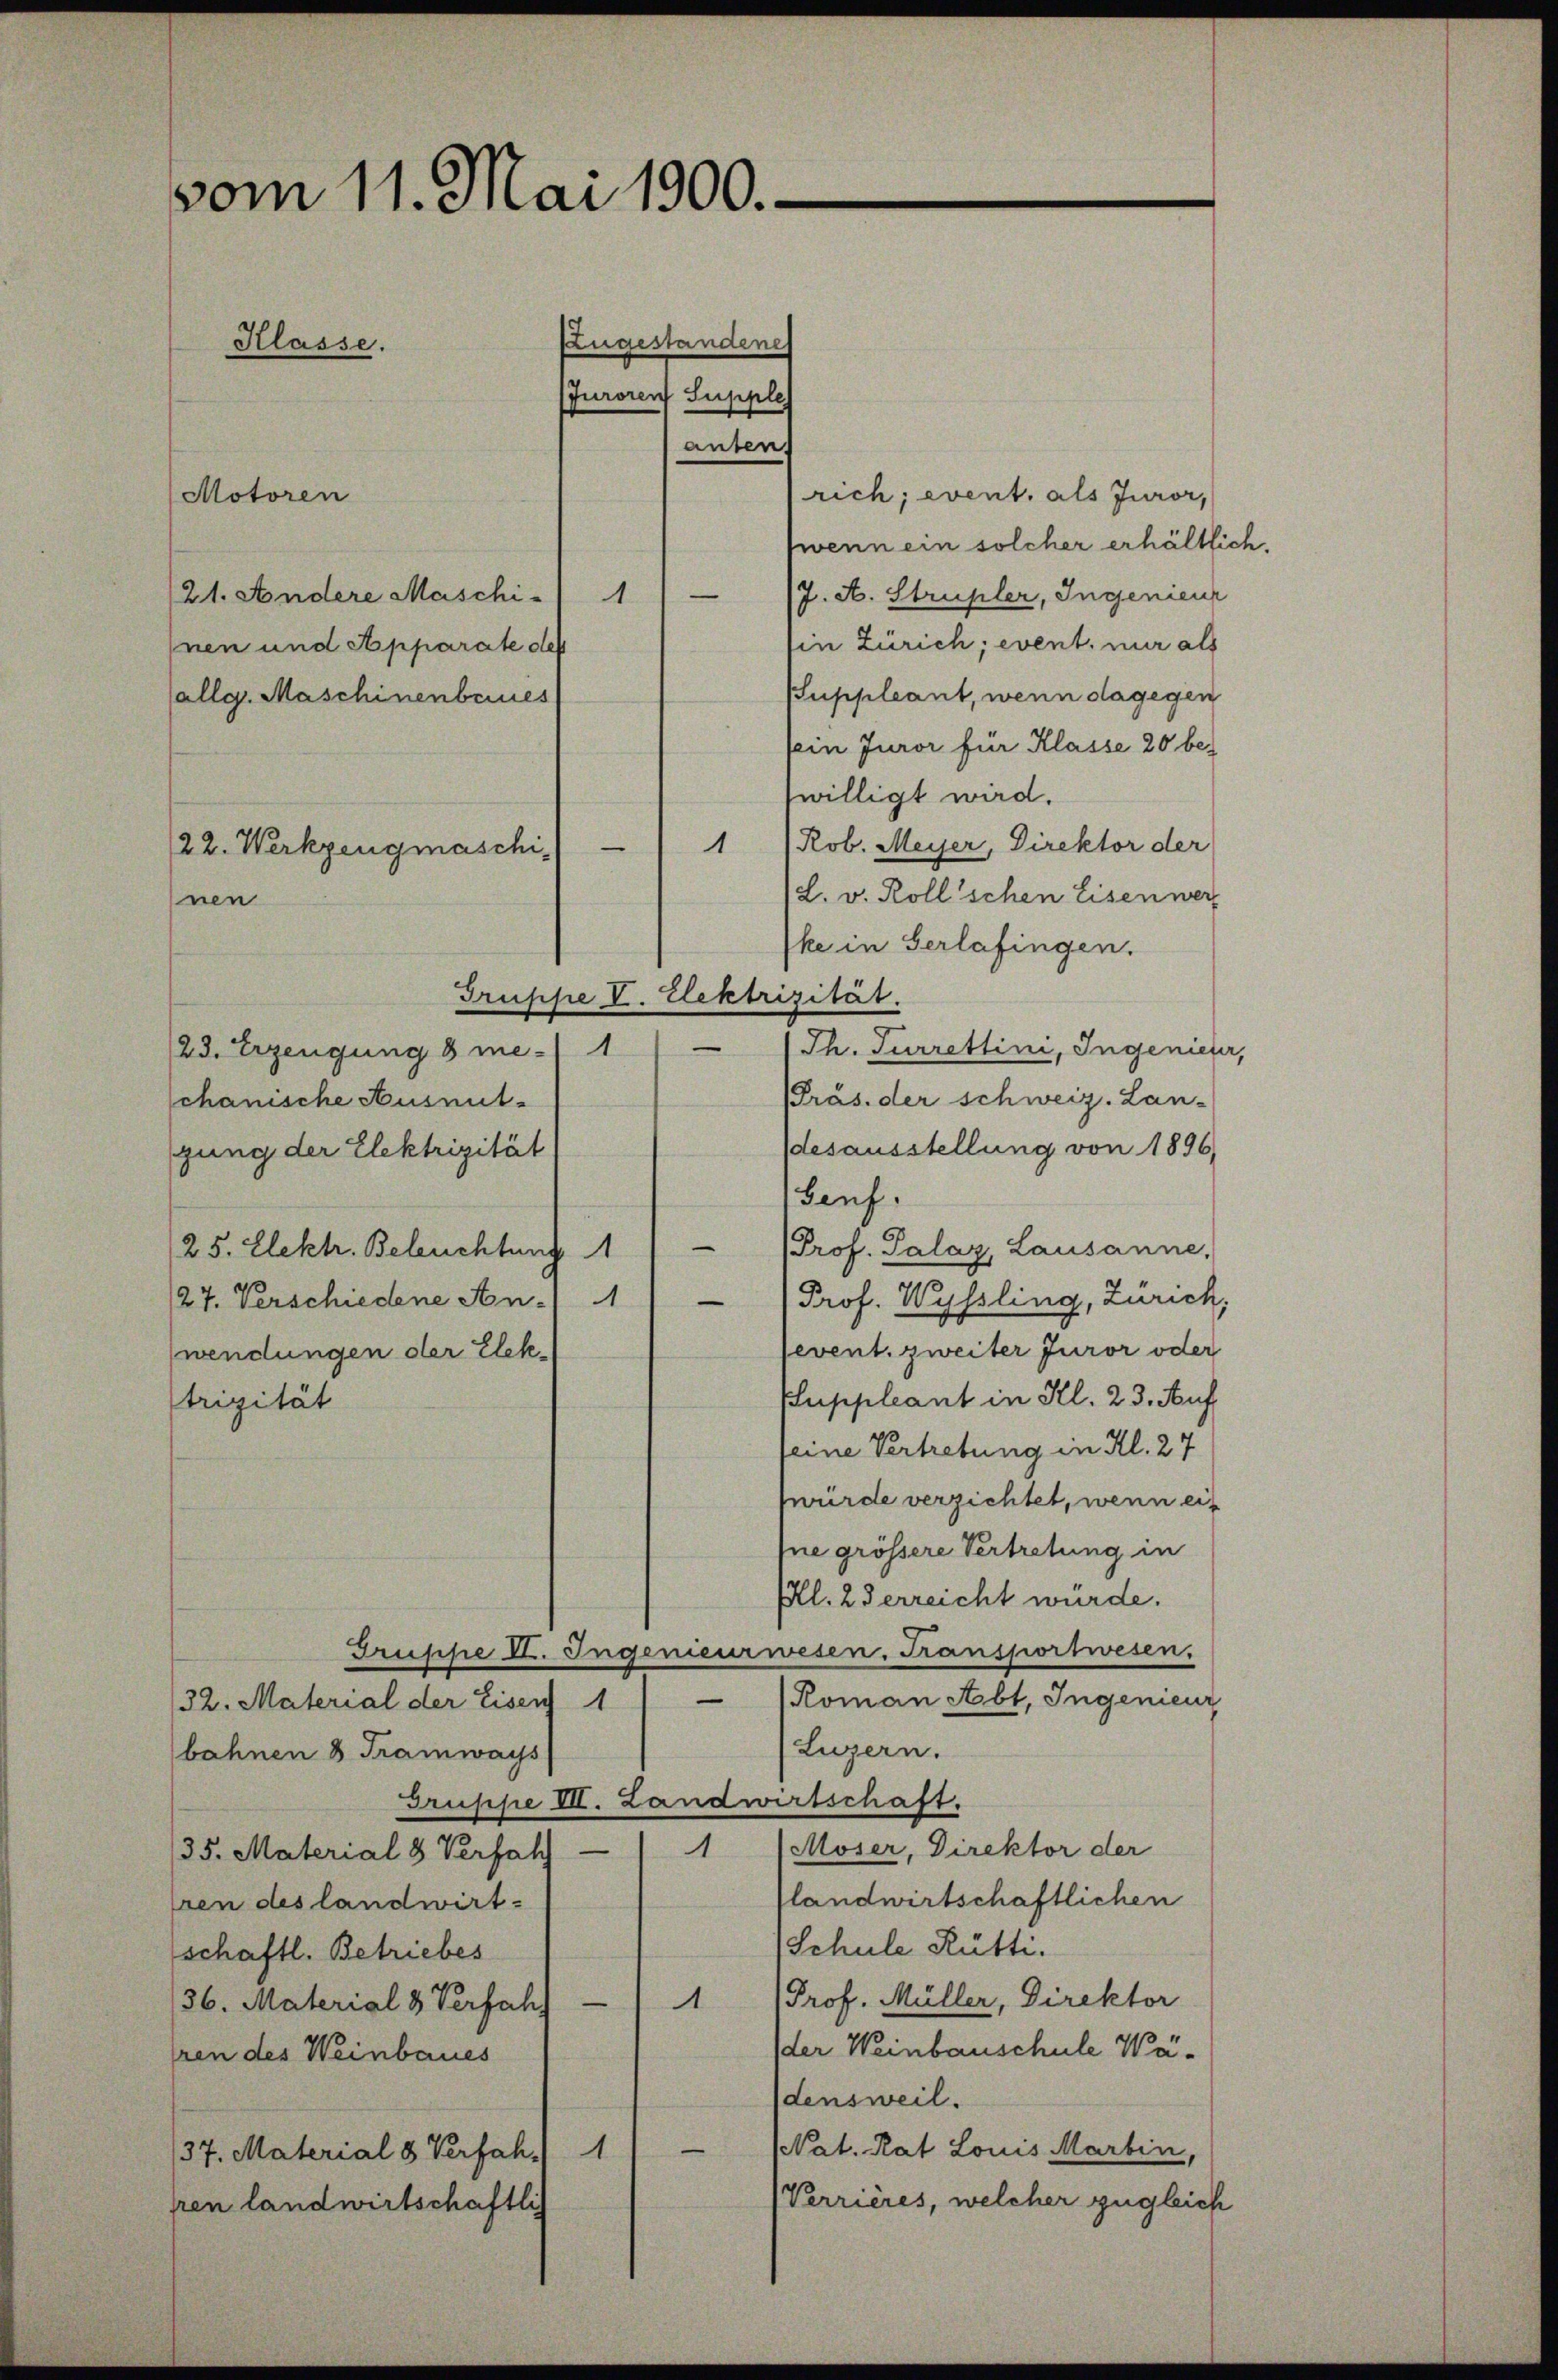
vom 11. Mai 1900.
Zugestandene
Klasse.
(Juroren Supple

rich; event. als Juror,
Motoren
wenn ein solcher erhältlic
—
J. A. Strupler, Ingenieur
21. Andere Maschi)
Ein Zürich; event, nur als
nen und Apparate des
SSuppleant, wenn dagegen
(allg. Maschinenbaues
fein Juror für Klasse 20 be-
willigt wird.
1 Rob. Meyer, Direktor der
L. v. Roll’schen Eisen wer
ke in Verlafingen.
Präs. der schweiz. Lan-
chanische Ausnut-
desausstellung von 1896,
gung der Elektrizität
Genf.
25. Elektr. Beleuchtung 1) Prof. Salaz, Lausanne,
 Prof. Wyssling, Zürich,
27. Verschiedene An.)
event. zweiter Juror oder
wendungen der Elek¬
Eluppleant in Kl. 23. Auf
trizität
seine Vertretung in Al. 24
würde verzichtet, wenn ein
pne grössere Vertretung in
Kl. 2 derreicht würde.
Gruppe VI. Ingenieurwesen. Transportwesen.
(Roman Abt. Ingenieur
(32. Material der Eisen 1
(Luzern.
bahnen 8 Tramways
Gruppe VII. Landwirtschaft.
1 Moser, Direktor der
35. Material 8 Verfah
landwirtschaftlichen
eren des landwirt-
Schule Rütti.
schaftl. Betriebes
1 Prof. Müller, Direktor
36. Material 3 Verfah
der Weinbauschule Wären des Weinbaues
densweil.
PPat. Rat Louis Martin,
37. Material 8 Verfah.) 1
Verrières, welcher zugleich
hren landwirtschaftli

22. Werkzeugmaschi
nen

anten.

Gruppe V. Elektrizität.

23. Erzeugung 8 me-/ 1 - (Th. Furrettini, Ingenieur,